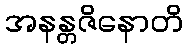
အနန္တဇိနောတိ